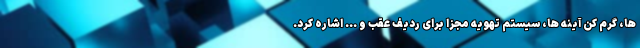
ها، گرم کن آینه ها، سیستم تهویه مجزا برای ردیف عقب و ... اشاره کرد.